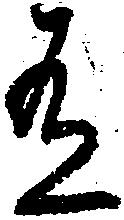
有